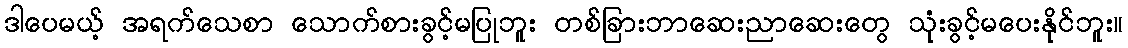
ဒါပေမယ့် အရက်သေစာ သောက်စားခွင့်မပြုဘူး တစ်ခြားဘာဆေးညာဆေးတွေ သုံးခွင့်မပေးနိုင်ဘူး။